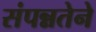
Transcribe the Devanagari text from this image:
संपन्नतेने